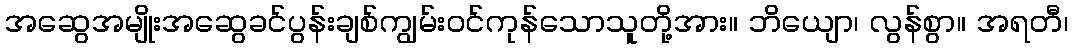
အဆွေအမျိုးအဆွေခင်ပွန်းချစ်ကျွမ်းဝင်ကုန်သောသူတို့အား။ ဘိယျော၊ လွန်စွာ။ အရတီ၊